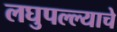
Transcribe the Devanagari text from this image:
लघुपल्ल्याचे